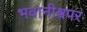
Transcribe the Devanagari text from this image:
भवानीश्वपर